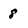
Character: 8